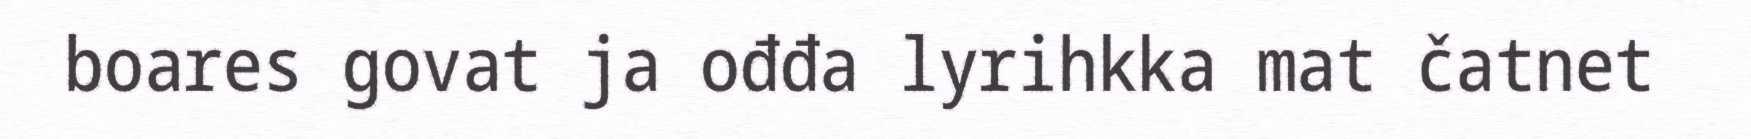
boares govat ja ođđa lyrihkka mat čatnet